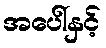
အပေါ်နှင့်